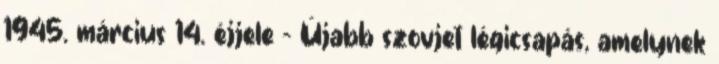
1945. március 14. éjjele - Újabb szovjet légicsapás, amelynek